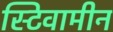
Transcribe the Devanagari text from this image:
स्टिवामीन